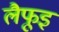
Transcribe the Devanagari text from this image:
लैफूइ